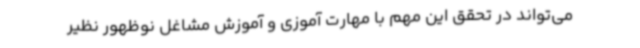
می‌تواند در تحقق این مهم با مهارت آموزی و آموزش مشاغل نوظهور نظیر